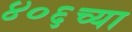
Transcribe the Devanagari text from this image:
४०६च्या